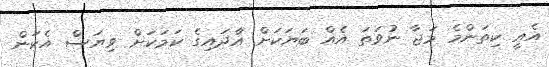
އެއީ ކިތަންމެ މަޖާ ނުވަތަ އެއް ބަޔަކަށް އާދަައިގެ ކަމަކަށް ވިޔަސް އެކަން